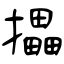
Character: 攂